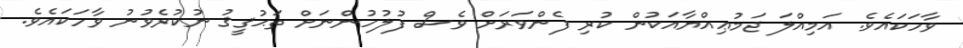
ވާހަކައެވެ. އަމިއްލަ ޖަމުޢިއްޔާއަކުން ކުރި ފެންވަރަށް ވެސް ފުލުހުންނަށް ތަޙުޤީޤު ނުކުރެވުނު ވާހަކައެވެ.